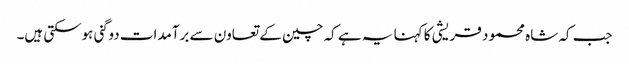
جب کہ شاہ محمود قریشی کا کہنا یہ ہے کہ چین کے تعاون سے برآمدات دوگنی ہوسکتی ہیں۔